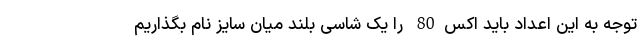
توجه به این اعداد باید اکس80 را یک شاسی بلند میان سایز نام بگذاریم